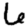
Digit: 6